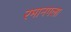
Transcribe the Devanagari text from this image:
रमानगला